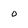
Character: O